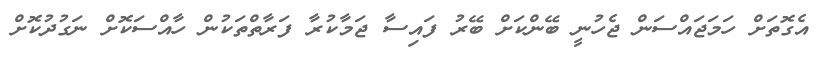
އެގޮތަށް ހަމަޖައްސަން ޖެހުނީ ބޭންކަށް ބޭރު ފައިސާ ޖަމާކުރާ ފަރާތްތަކުން ހާއްސަކޮށް ނަގުދުކޮށް